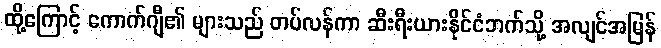
ထို့ကြောင့် ကောက်ဂျီ၏ များသည် တပ်လန်ကာ ဆီးရီးယားနိုင်ငံဘက်သို့ အလျင်အမြန်